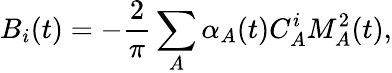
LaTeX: B_{i}(t)=-\frac{2}{\pi}\sum_{A}\alpha_{A}(t)C_{A}^{i}M_{A}^{2}(t),